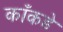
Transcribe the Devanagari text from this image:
काँकडे